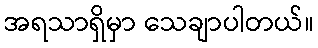
အရသာရှိမှာ သေချာပါတယ်။